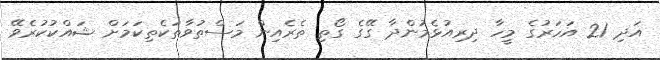
އަދި 21 އަހަރުގެ މީހާ ދިރިއުޅެމުންދާ ގޭގެ ގޯތި ތެރެއިން މަސްތުވާތަކެތިކަމަށް ޝައްކުކުރެވޭ